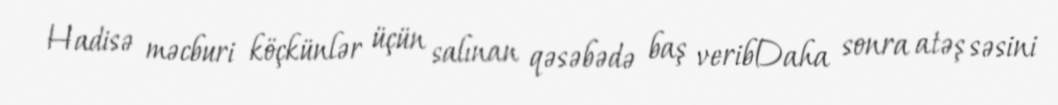
Hadisə məcburi köçkünlər üçün salınan qəsəbədə baş veribDaha sonra atəş səsini